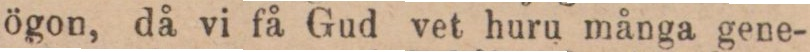
ögon, då vi få Gud vet huru många gene-